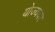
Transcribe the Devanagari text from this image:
योज्यचर